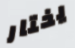
يختار